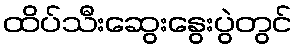
ထိပ်သီးဆွေးနွေးပွဲတွင်